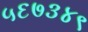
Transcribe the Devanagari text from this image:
५६७३४९